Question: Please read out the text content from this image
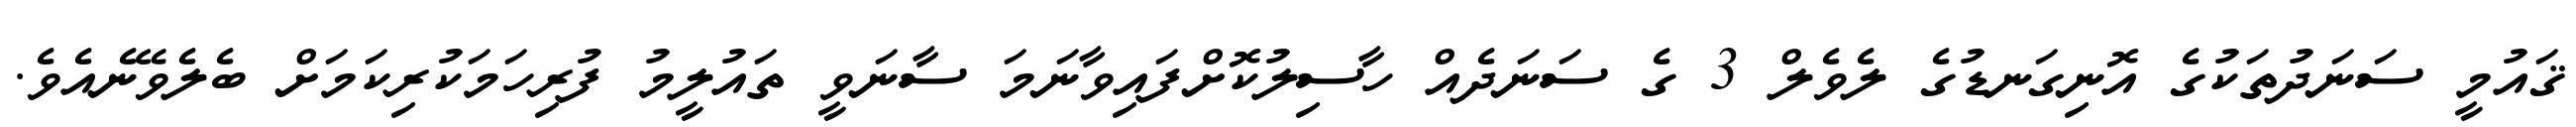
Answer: ޤައުމީ ސަނަދުތަކުގެ އޮނިގަނޑުގެ ލެވެލް 3 ގެ ސަނަދެއް ހާސިލުކޮށްފައިވާނަމަ ސާނަވީ ތައުލީމު ފުރިހަމަކުރިކަމަށް ބެލެވޭނެއެވެ.